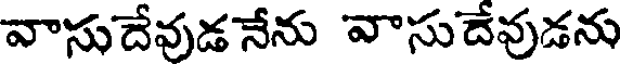
వాసుదేవుడనేను వాసుదేవుడను